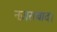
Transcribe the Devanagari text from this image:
नज़राबाद।